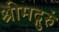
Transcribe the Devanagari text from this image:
श्रीमद्गुरुं